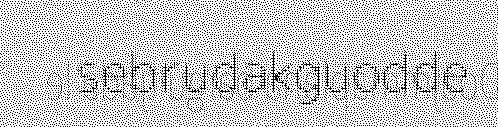
sebrudakguodde